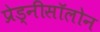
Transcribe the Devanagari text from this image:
प्रेड्नीसॉलोन